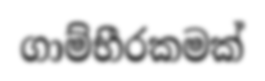
ගාම්භීරකමක්